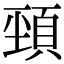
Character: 𩒤